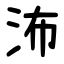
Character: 㳍